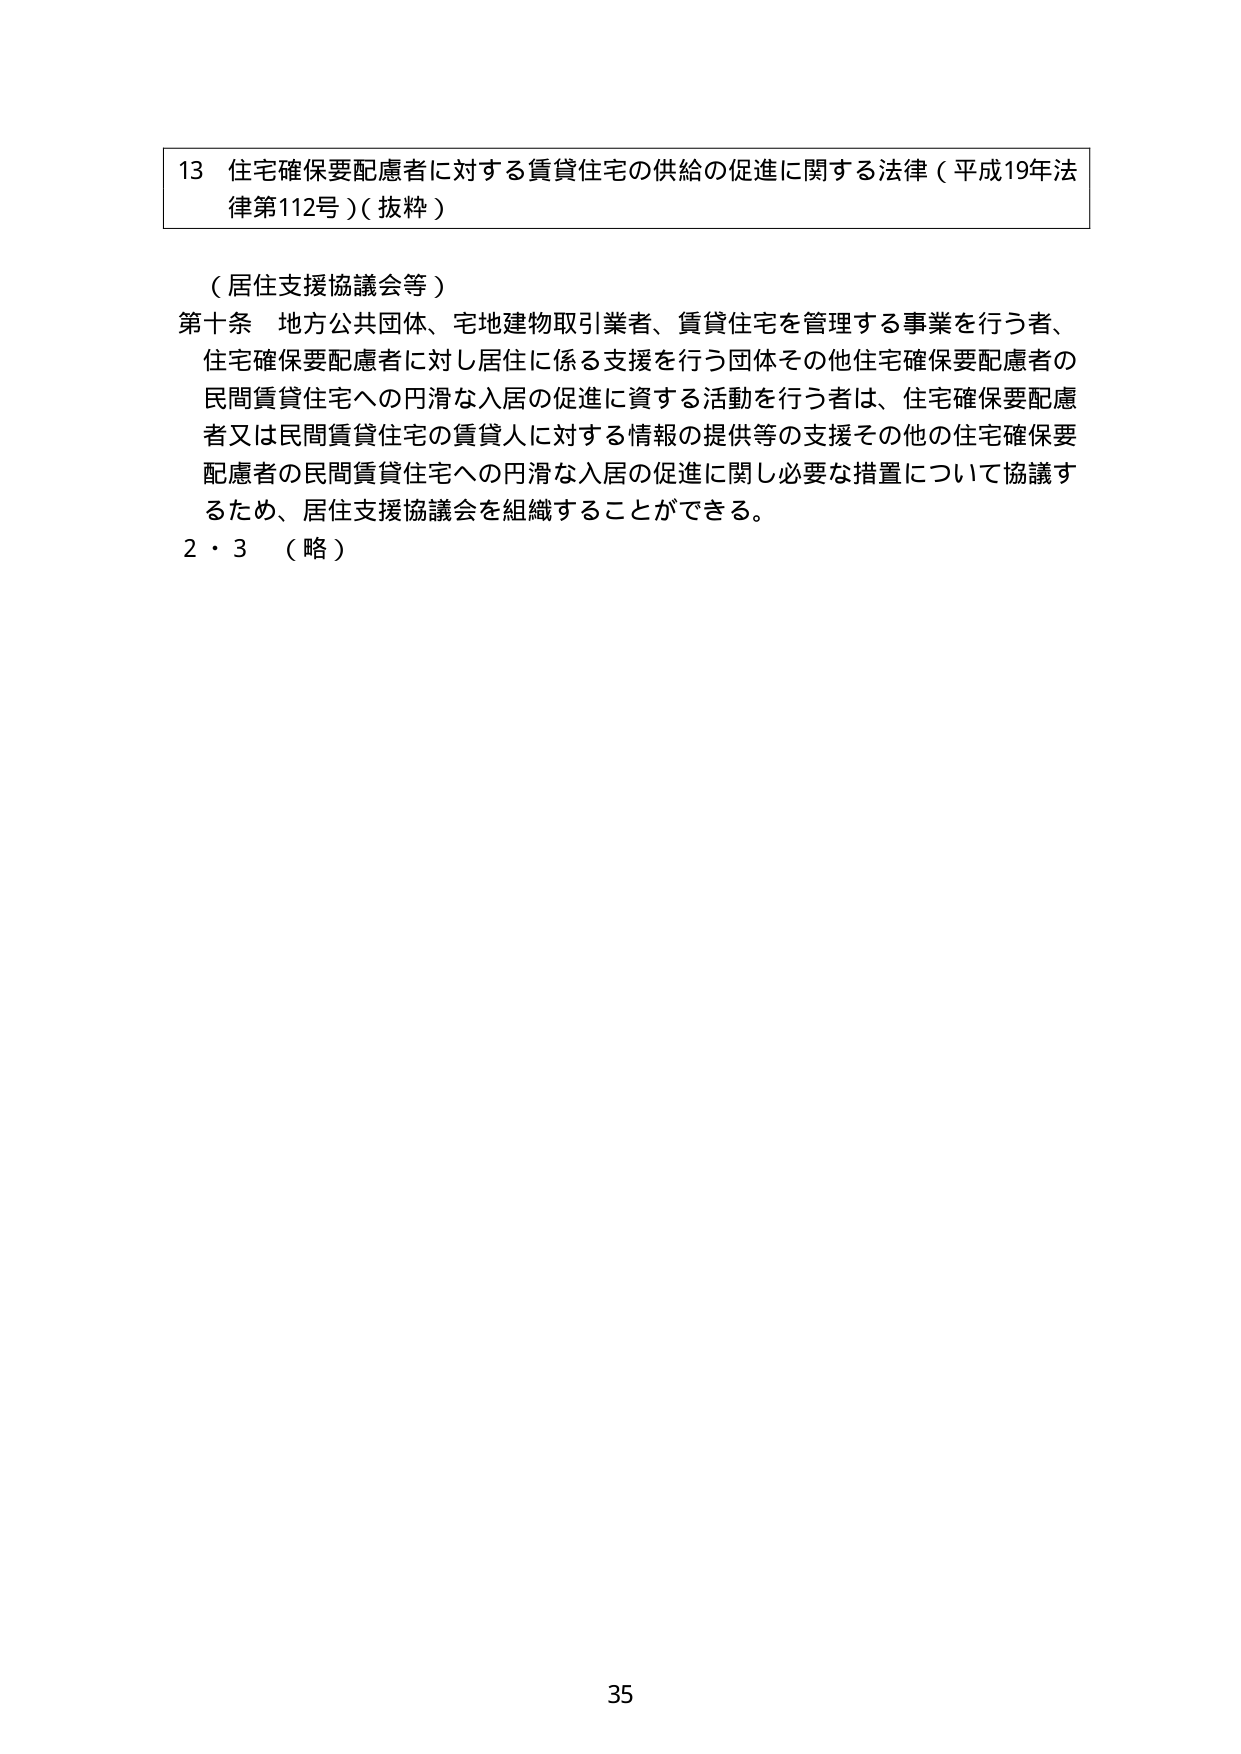
13 住宅確保要配慮者に対する賃貸住宅の供給の促進に関する法律（平成19年法律第112号）（抜粋）

（居住支援協議会等）

第十条 地方公共団体、宅地建物取引業者、賃貸住宅を管理する事業を行う者、住宅確保要配慮者に対し居住に係る支援を行う団体その他住宅確保要配慮者の民間賃貸住宅への円滑な入居の促進に資する活動を行う者は、住宅確保要配慮者又は民間賃貸住宅の賃貸人に対する情報の提供等の支援その他住宅確保要配慮者の民間賃貸住宅への円滑な入居の促進に関し必要な措置について協議するため、居住支援協議会を組織することができる。

2・3 （略）

35